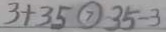
3 + 3 5 \textcircled { > } 3 5 - 3